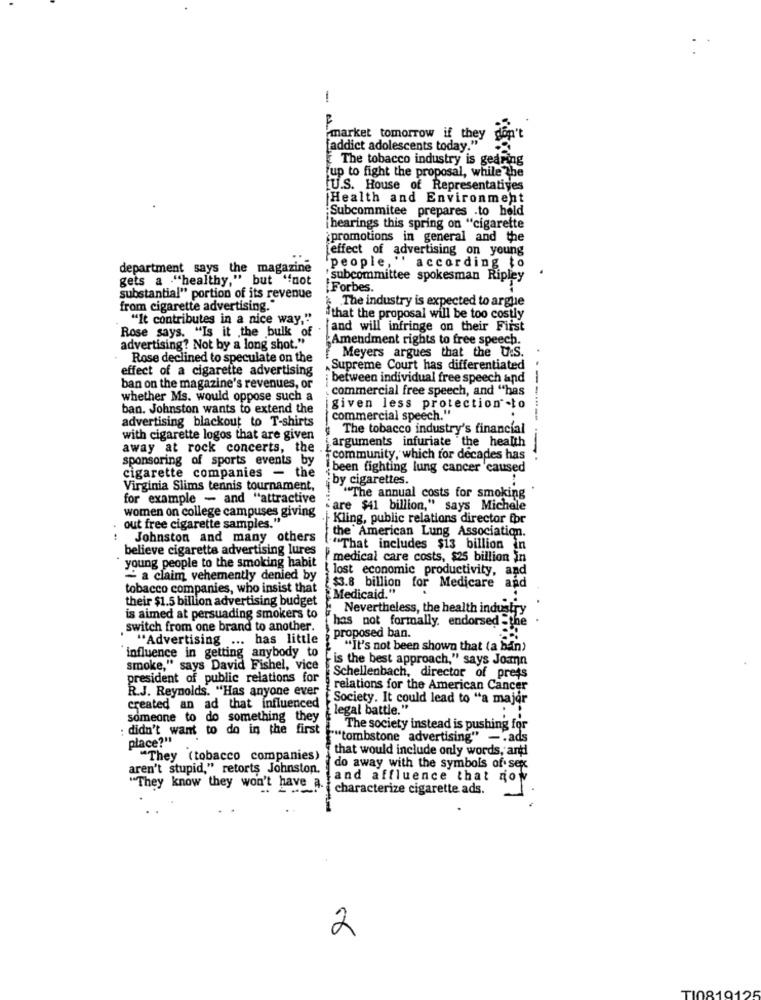
-
F
'market tomorrow if they don't
[addict adolescents today."
The tobacco industry is gearing
up to fight the proposal, while the
U.S. House of Representatives
Health and Environment
: Subcommitee prepares .to hold
[hearings this spring on "cigarette
¿promotions in general and the
effect of advertising on young
department says the magazine
'people, '' according to
gets a ."healthy," but "not
subcommittee spokesman Ripley
Forbes.
substantial" portion of its revenue
& The industry is expected to argue
from cigarette advertising."
"It contributes in a nice way."
"that the proposal will be too costly
Rose says. "Is it .the bulk of
and will infringe on their First
Amendment rights to free speech.
advertising? Not by a long shot."
Meyers argues that the U.S.
Rose declined to speculate on the
effect of a cigarette advertising
Supreme Court has differentiated
between individual free speech and
ban on the magazine's revenues, or
commercial free speech, and "has
whether Ms. would oppose such a
ban. Johnston wants to extend the
given less protection .to
advertising blackout to T-shirts
commercial speech."
The tobacco industry's financial
with cigarette logos that are given
arguments infuriate the health
away at rock concerts, the .
sponsoring of sports events by
community, which for decades has
------
been fighting lung cancer caused
cigarette companies - the
by cigarettes.
Virginia Slims tennis tournament,
for example - and "attractive
"The annual costs for smoking
are $41 billion," says Michele
out free cigarette samples.""
women on college campuses giving
Kling, public relations director for
the American Lung Association.
Johnston and many others
believe cigaretta advertising lures
"That includes $13 billion in
medical care costs, $25 billion in
young people to the smoking habit
! lost economic productivity, and
- a claim vehemently denied by
tobacco companies, who insist that
$3.8 billion for Medicare and
their $1.5 billion advertising budget
Medicaid."
Nevertheless, the health industry
is aimed at persuading smokers to
. switch from one brand to another.
has not formally. endorsed -the
"Advertising ... has little
proposed ban.
influence in getting anybody to
"It's not been shown that (a ban)
"is the best approach," says Joann
smoke," says David Fishel, vice
president of public relations for
Schellenbach, director of press
R.J. Reynolds. "Has anyone ever
relations for the American Cancer
[Society. It could lead to "a major
created an ad that influenced
[legal battle."
someone to do something they
: didn't want to do in the first
The society instead is pushing for
place?"
""tombstone advertising" - . ads
that would include only words, and
"They (tobacco companies)
aren't stupid," retorts Johnston.
do away with the symbols of sex
and affluence that now
"They know they won't have a.
·characterize cigarette ads.
2
TI0819125